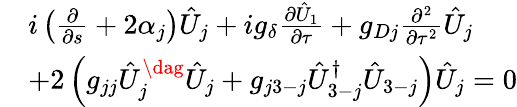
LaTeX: \begin{array}{rl}&{i\left(\frac{\partial}{\partial s}+2\alpha_{j}\right)\hat{U}_{j}+ig_{\delta}\frac{\partial\hat{U}_{1}}{\partial\tau}+g_{Dj}\frac{\partial^{2}}{\partial\tau^{2}}\hat{U}_{j}}\\ &{+2\left(g_{jj}\hat{U}_{j}^{\dag}\hat{U}_{j}+g_{j3-j}\hat{U}_{3-j}^{\dagger}\hat{U}_{3-j}\right)\hat{U}_{j}=0}\end{array}